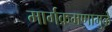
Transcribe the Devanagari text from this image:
मार्गक्रमणामुळे